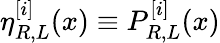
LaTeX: \eta_{R,L}^{[i]}(x)\equiv P_{R,L}^{[i]}(x)